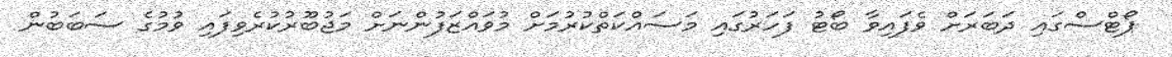
ޕޯޓްސްގައި ދަބަރަށް ވެފައިވާ ބޯޓު ފަހަރުގައި މަސައްކަތްކުރުމަށް މުވައްޒަފުންނަށް މަޖުބޫރުކުރެވިފައި ވުމުގެ ސަބަބުން